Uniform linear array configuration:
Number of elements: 8
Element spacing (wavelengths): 0.5
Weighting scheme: kaiser
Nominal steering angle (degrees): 30
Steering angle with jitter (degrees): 31.835
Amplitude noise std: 0.05
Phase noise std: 0.05

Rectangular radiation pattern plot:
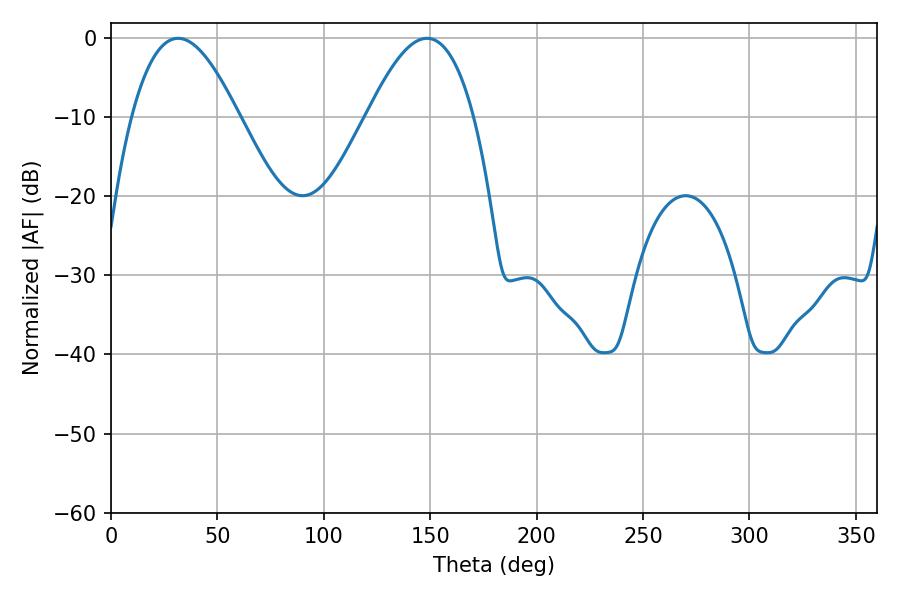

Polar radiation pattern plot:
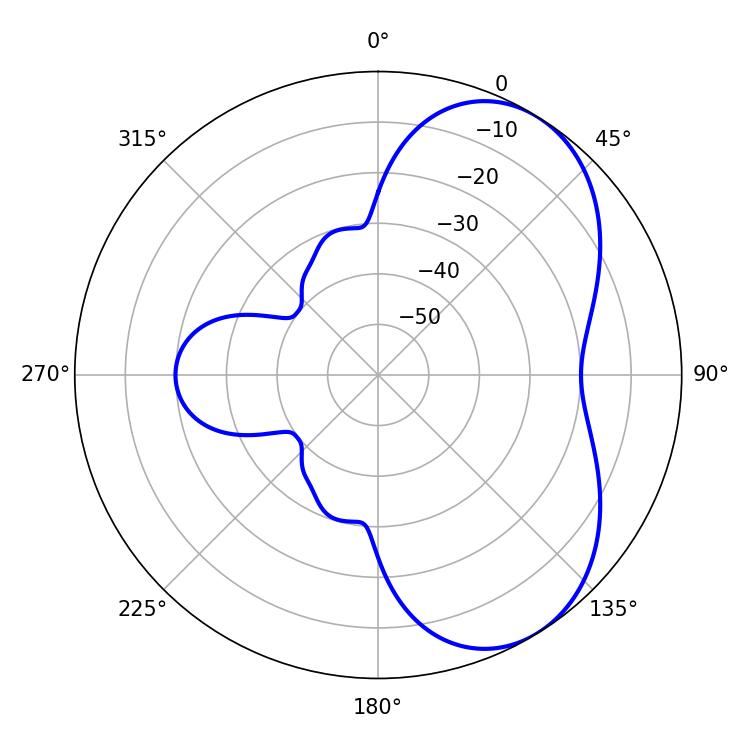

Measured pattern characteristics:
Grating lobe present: FALSE
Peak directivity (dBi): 5.471
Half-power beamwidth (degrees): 27.36
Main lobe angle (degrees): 31.5